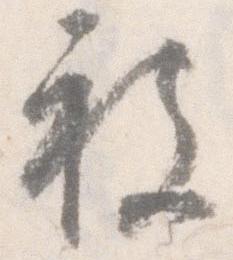
被